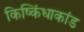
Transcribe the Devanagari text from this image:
किष्किंधाकांड